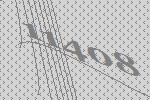
11408